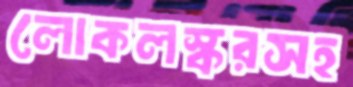
লোকলস্করসহ